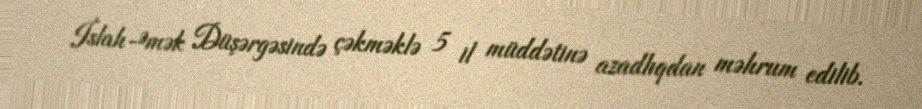
İslah-Əmək Düşərgəsində çəkməklə 5 il müddətinə azadlıqdan məhrum edilib.